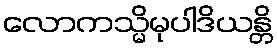
လောကသ္မိမုပါဒိယန္တိ